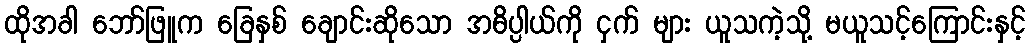
ထိုအခါ ဘော်ဖြူက ခြေနှစ် ချောင်းဆိုသော အဓိပ္ပါယ်ကို ငှက် များ ယူသကဲ့သို့ မယူသင့်ကြောင်းနှင့်